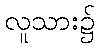
လူသား၌